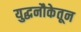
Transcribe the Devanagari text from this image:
युद्धनौकेतून